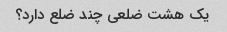
یک هشت ضلعی چند ضلع دارد؟